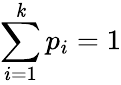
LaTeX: \sum_{i=1}^{\mathit{k}}p_{i}=1